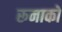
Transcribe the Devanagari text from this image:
रूनाको